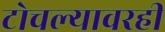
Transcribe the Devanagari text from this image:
टोचल्यावरही